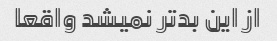
از این بدتر نمیشد واقعا